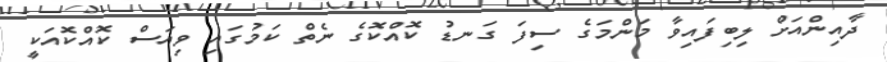
ދާއިންއަށް ލިބިފައިވާ މަންމަގެ ސިފަ ގަނޑު ކޮއްކޮގެ ނެތް ކަމުގައި ވިއަސް ކޮއްކޮއަކީ